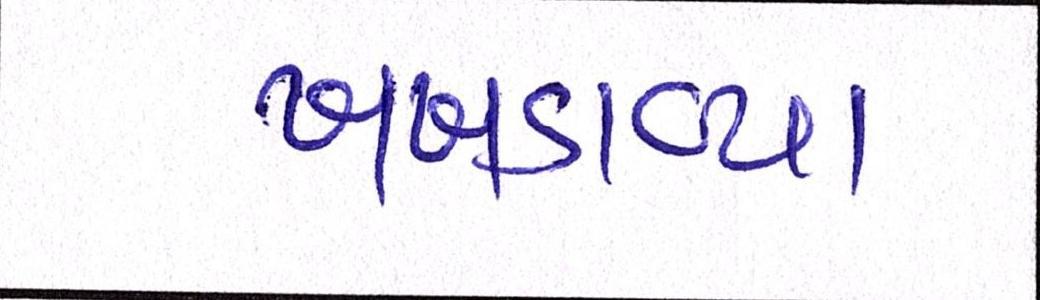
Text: ખખડાવ્યા